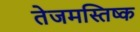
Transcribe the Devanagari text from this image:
तेजमस्तिष्क